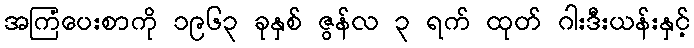
အကြံပေးစာကို ၁၉၆၃ ခုနှစ် ဇွန်လ ၃ ရက် ထုတ် ဂါးဒီးယန်းနှင့်